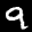
Label: 9